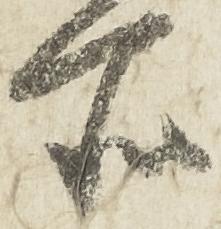
所